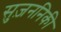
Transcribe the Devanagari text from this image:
सुज़ननिकी